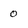
Character: 0